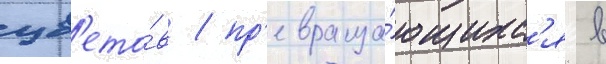
цв'ето́в / пр'евраща́ющихс'я в